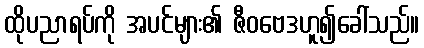
ထိုပညာရပ်ကို အပင်များ၏ ဇီဝဗေဒဟူ၍ခေါ်သည်။